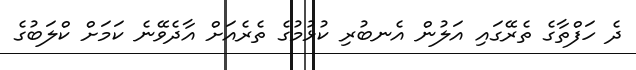
ދެ ހަފްތާގެ ތެރޭގައި އަލުން އެނބުރި ކުޅުމުގެ ތެރެއަށް އާދެވޭނެ ކަމަށް ކްލަބުގެ